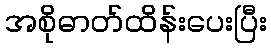
အစိုဓာတ်ထိန်းပေးပြီး